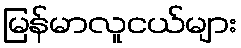
မြန်မာလူငယ်များ